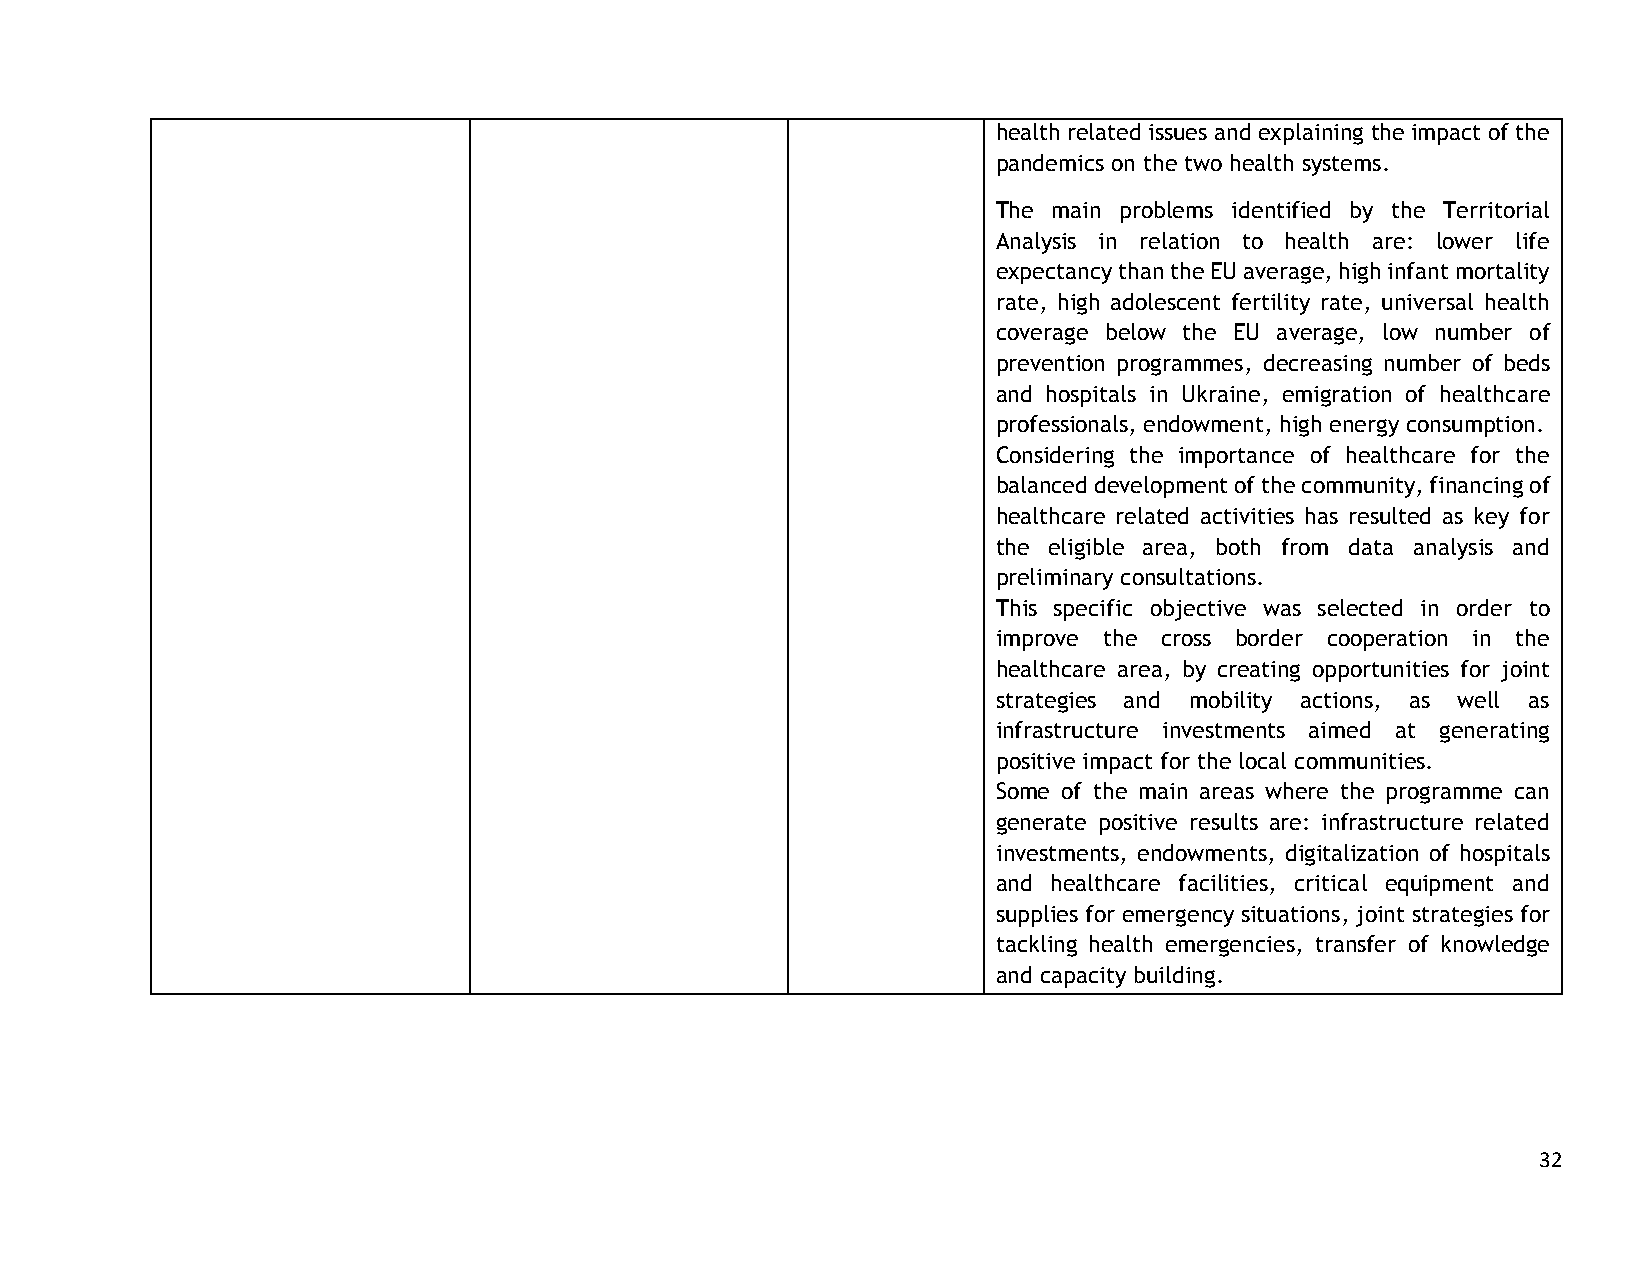
health related issues and explaining the impact of the
 pandemics on the two health systems.
 The main problems identified by the Territorial
 Analysis in relation to health are: lower life
 expectancy than the EU average, high infant mortality
 rate, high adolescent fertility rate, universal health
 coverage below the EU average, low number of
 prevention programmes, decreasing number of beds
 and hospitals in Ukraine, emigration of healthcare
 professionals, endowment, high energy consumption.
 Considering the importance of healthcare for the
 balanced development of the community, financing of
 healthcare related activities has resulted as key for
 the eligible area, both from data analysis and
 preliminary consultations.
 This specific objective was selected in order to
 improve the cross border cooperation in the
 healthcare area, by creating opportunities for joint
 strategies and mobility actions, as well as
 infrastructure investments aimed at generating
 positive impact for the local communities.
 Some of the main areas where the programme can
 generate positive results are: infrastructure related
 investments, endowments, digitalization of hospitals
 and healthcare facilities, critical equipment and
 supplies for emergency situations, joint strategies for
 tackling health emergencies, transfer of knowledge
 and capacity building.
 32